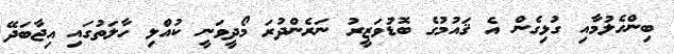
ބިންހެލުމާއި ގުޅިގެން އެ ޤައުމުގެ ބޮޑުވަޒީރު ނަރެންދުރަ މޯދީވަނީ ކުއްލި ހާލަތުގައި އިޖާބަދޭ